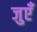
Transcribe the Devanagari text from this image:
जुएँ